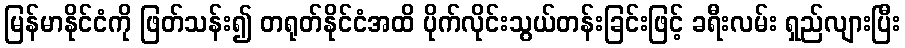
မြန်မာနိုင်ငံကို ဖြတ်သန်း၍ တရုတ်နိုင်ငံအထိ ပိုက်လိုင်းသွယ်တန်းခြင်းဖြင့် ခရီးလမ်း ရှည်လျားပြီး